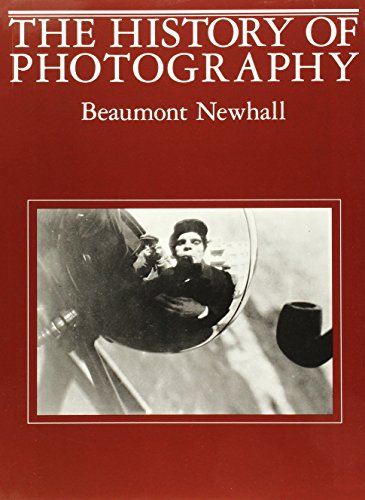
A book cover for The History of Photography: From 1839 to the Present; Arts & Photography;